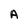
Character: A